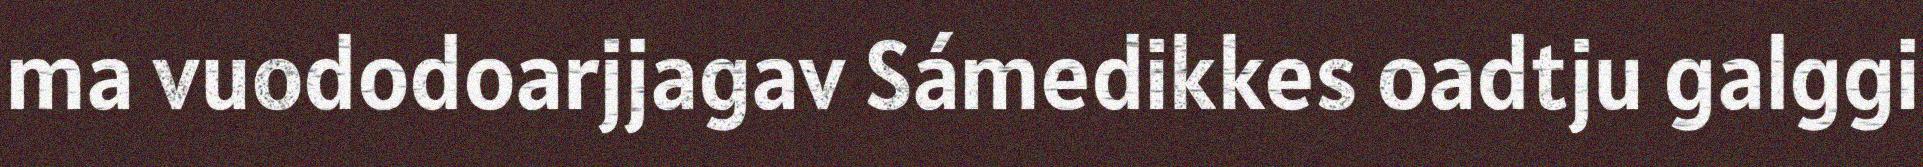
ma vuododoarjjagav Sámedikkes oadtju galggi